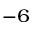
^ { - 6 }